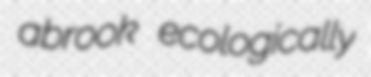
abrook ecologically